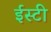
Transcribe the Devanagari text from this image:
ईस्टी